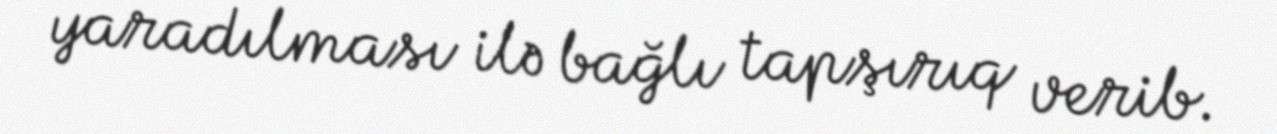
yaradılması ilə bağlı tapşırıq verib.